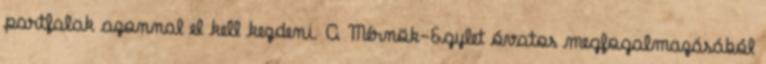
partfalak azonnal el kell kezdeni. A Mérnök-Egylet óvatos megfogalmazásából